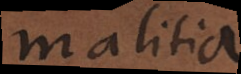
malitia